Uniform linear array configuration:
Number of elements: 12
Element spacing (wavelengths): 0.75
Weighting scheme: exponential
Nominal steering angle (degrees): -15
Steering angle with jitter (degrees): -16.937
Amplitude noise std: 0.05
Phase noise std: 0.05

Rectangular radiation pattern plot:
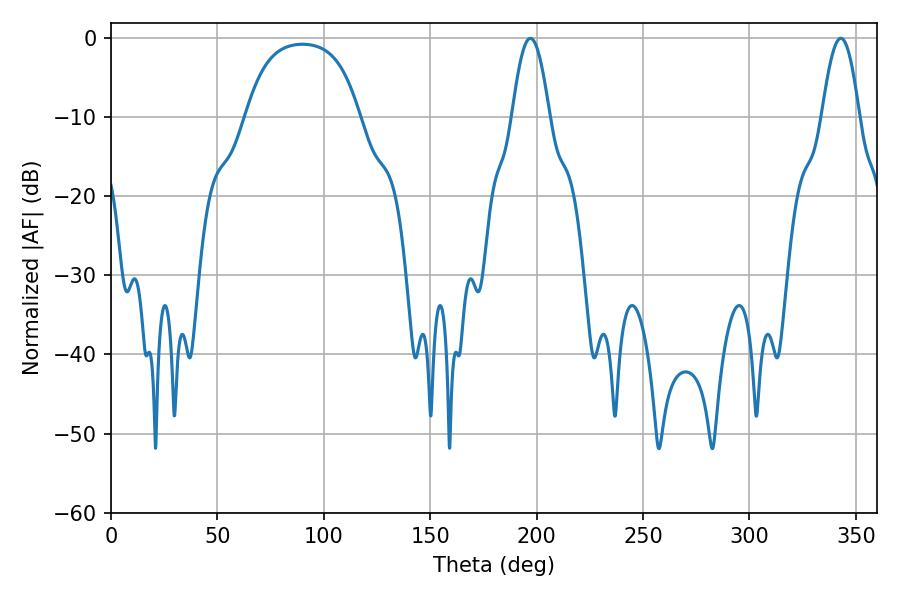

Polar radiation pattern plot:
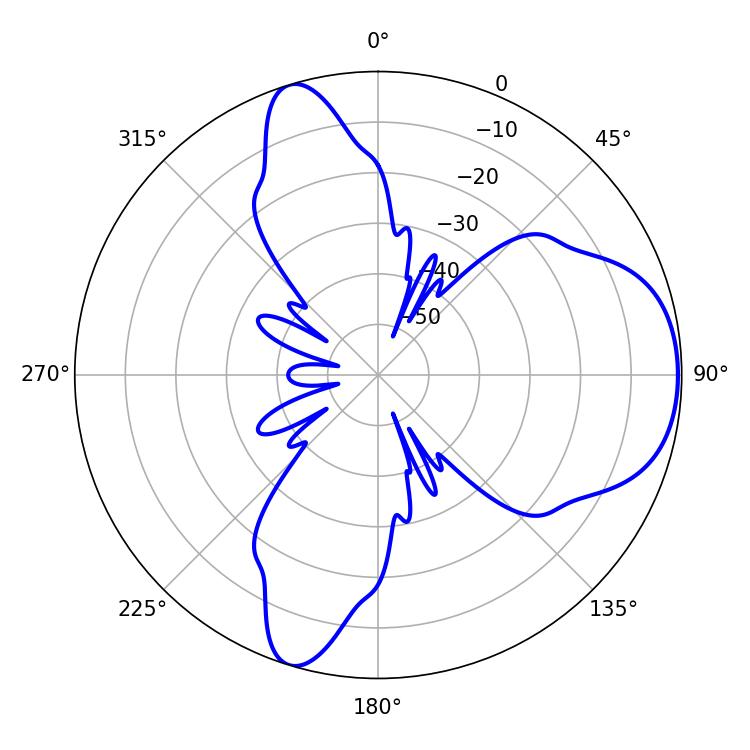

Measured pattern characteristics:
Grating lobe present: TRUE
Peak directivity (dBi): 6.79
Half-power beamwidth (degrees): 9.36
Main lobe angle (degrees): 197.1